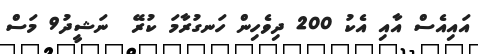
އައިއެސް އާއި އެކު 200 ދިވެހިން ހަނގުރާމަ ކުރޭ  ނަޝީދު9 މަސް